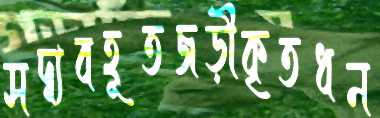
সদ্ব্যবহূতজড়ীকৃতধন